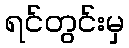
ရင်တွင်းမှ